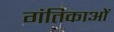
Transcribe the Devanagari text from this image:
गंतिकाओं